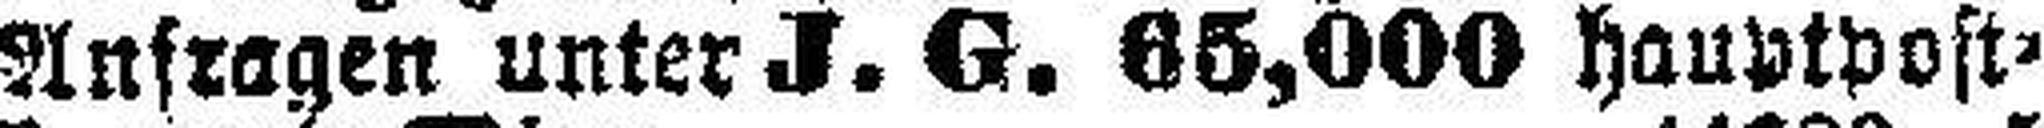
Anfragen unter J. G. 65,000 hauptpost¬